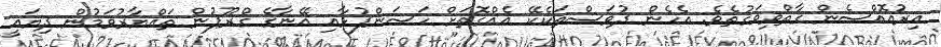
އިރުއޮއްސެން ގާތްވިވަގުތެވެ. އެހެން ދުވަސްތަކެކޭ އެއްގޮތަށް ހަސަންފުޅާއި އޭނާގެ ގްރޫޕުން ތައްޔާރުވަމުން ދިޔައީ